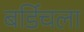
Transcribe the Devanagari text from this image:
बर्डिचला